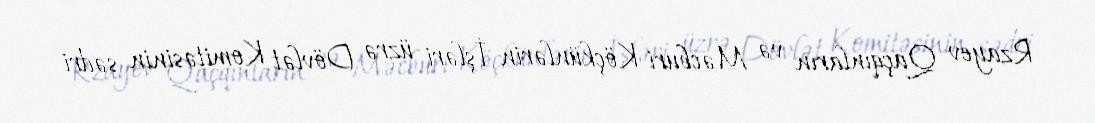
Rzayev Qaçqınların və Məcburi Köçkünlərin İşləri üzrə Dövlət Komitəsinin sədri